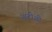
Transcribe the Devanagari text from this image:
आदींशी